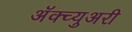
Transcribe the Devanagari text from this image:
अॅक्च्युअरी